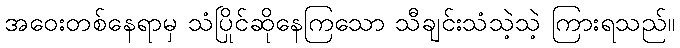
အဝေးတစ်နေရာမှ သံပြိုင်ဆိုနေကြသော သီချင်းသံသဲ့သဲ့ ကြားရသည်။